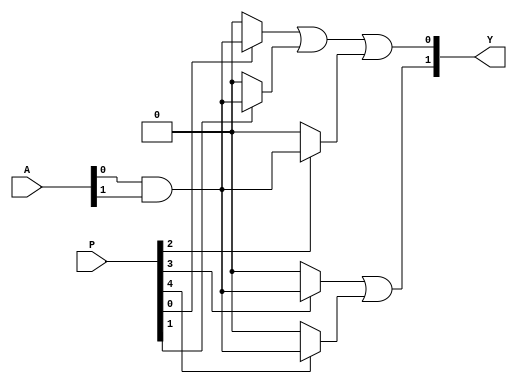
module jewel_pal (
    input wire [n-1:0] A,       // Inputs A[0] to A[n-1]
    input wire [m-1:0] P,       // Programming signals for AND array
    output wire [o-1:0] Y       // Outputs Y[0] to Y[o-1]
);

// Parameters
parameter n = 4;              // Number of inputs
parameter m = 8;              // Number of product terms
parameter o = 2;              // Number of outputs

// Internal signals for AND array
wire [m-1:0] and_out;        // Outputs from the AND array

// Programmable AND array
genvar i, j;
generate
    for (i = 0; i < m; i = i + 1) begin : and_array
        // Each AND gate can be programmed based on the programming signal P
        assign and_out[i] = (P[i] == 1'b1) ? (A[0] & A[1]) : 1'b0; // Example: ANDing A[0] and A[1]
        // You can expand this to include more inputs and configurations
    end
endgenerate

// Fixed OR array
assign Y[0] = and_out[0] | and_out[1] | and_out[2]; // Example output Y[0]
assign Y[1] = and_out[3] | and_out[4];               // Example output Y[1]
// You can expand this to include more outputs as needed

endmodule